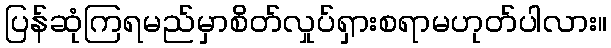
ပြန်ဆုံကြရမည်မှာစိတ်လှုပ်ရှားစရာမဟုတ်ပါလား။